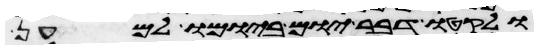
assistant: ולקטו דבר יום ביומו למען